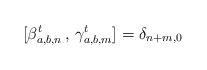
LaTeX: \begin{align*}[\beta^t_{a,b, n}\, ,\, \gamma^t_{a,b, m}] = \delta_{n+m, 0}\end{align*}